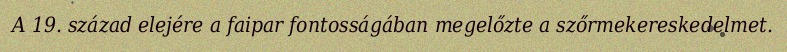
A 19. század elejére a faipar fontosságában megelőzte a szőrmekereskedelmet.